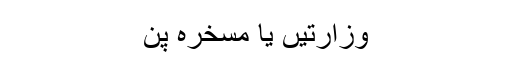
وزارتیں یا مسخرہ پن